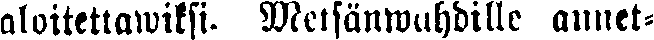
aloitettawiksi. Metsänwahdille annet-